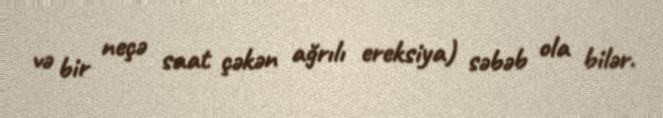
və bir neçə saat çəkən ağrılı ereksiya) səbəb ola bilər.